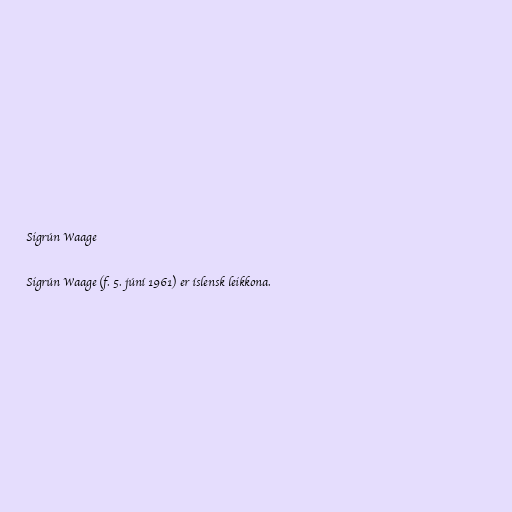
Sigrún Waage

Sigrún Waage (f. 5. júní 1961) er íslensk leikkona.